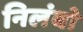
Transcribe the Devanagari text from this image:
निलंबो